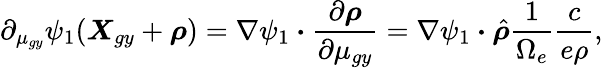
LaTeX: \partial_{\mu_{gy}}\psi_{1}(\boldsymbol{X}_{gy}+\boldsymbol{\rho})=\nabla\psi_{1}\boldsymbol{\cdot}\frac{\partial\boldsymbol{\rho}}{\partial\mu_{gy}}=\nabla\psi_{1}\boldsymbol{\cdot}\hat{\boldsymbol{\rho}}\frac{1}{\Omega_{e}}\frac{c}{e\rho},